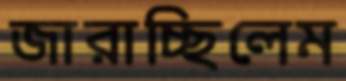
জারাচ্ছিলেম